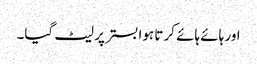
اور ہائے ہائے کرتا ہوا بستر پر لیٹ گیا۔